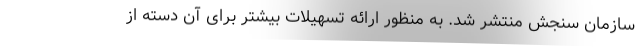
سازمان سنجش منتشر شد. به منظور ارائه تسهیلات بیشتر برای آن دسته از